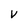
Character: V